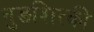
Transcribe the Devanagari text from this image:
नुङशित्की